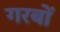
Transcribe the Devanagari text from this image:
गरबों